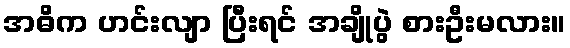
အဓိက ဟင်းလျာ ပြီးရင် အချိုပွဲ စားဦးမလား။